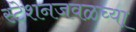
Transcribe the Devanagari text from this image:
स्टेशनजवळच्या